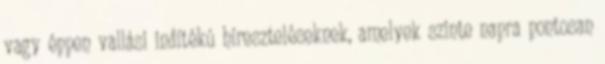
vagy éppen vallási indítékú híreszteléseknek, amelyek szinte napra pontosan